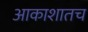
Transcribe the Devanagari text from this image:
आकाशातच